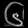
Digit: ၆